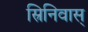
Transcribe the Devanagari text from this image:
स्रिनिवास्